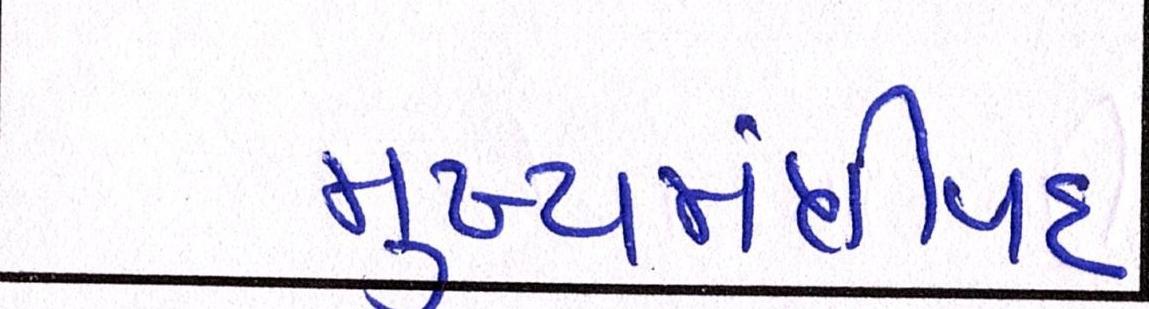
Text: મુખ્યમંત્રીપદ